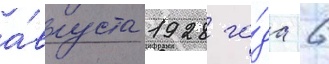
а́вгуста 1928 го́да 6